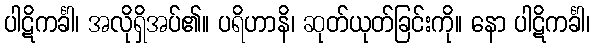
ပါဋိကင်္ခါ၊ အလိုရှိအပ်၏။ ပရိဟာနိ၊ ဆုတ်ယုတ်ခြင်းကို။ နော ပါဋိကင်္ခါ၊